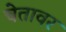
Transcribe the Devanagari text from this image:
चेतावर